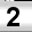
Digit: 2